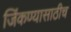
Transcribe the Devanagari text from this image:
जिंकण्यासाठीच